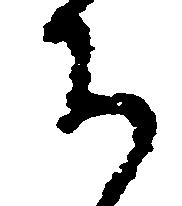
ち